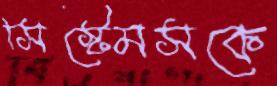
সিস্টেমসকে